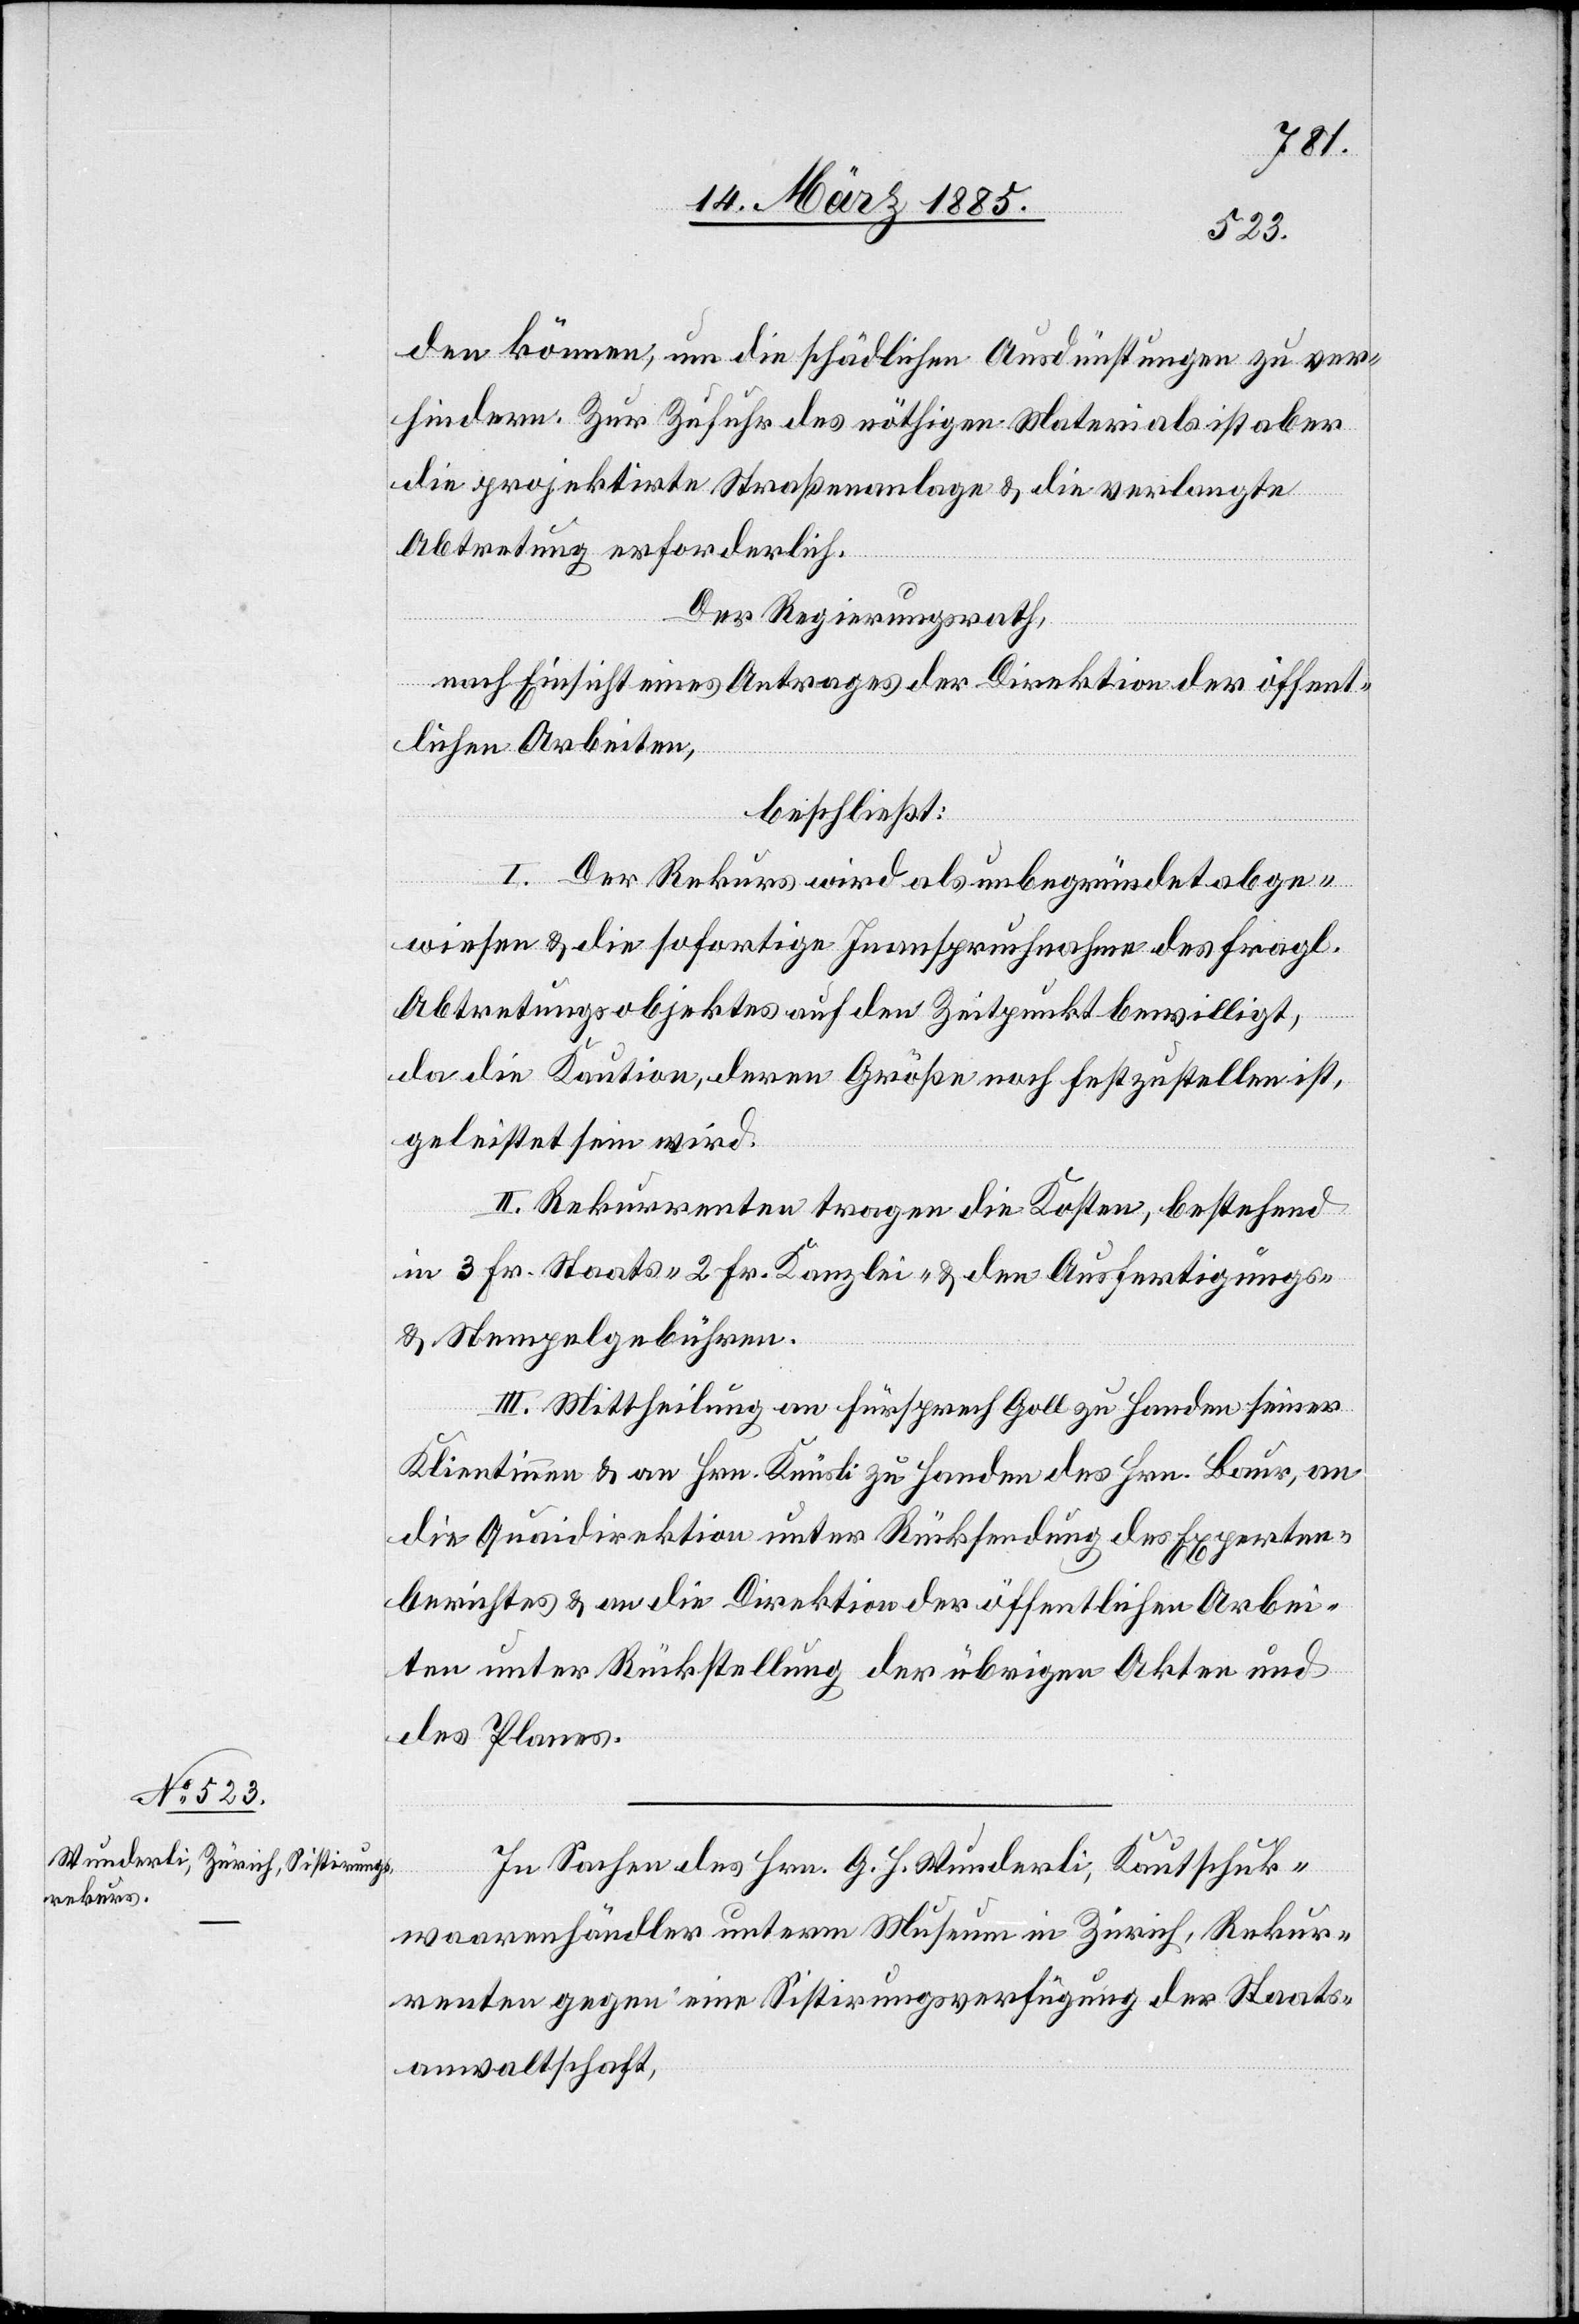
den können, um die schädlichen Ausdünstungen zu ver¬
hindern. Zur Zufuhr des nöthigen Materials ist aber
die projektirte Straßenanlage & die verlangte
Abtretung erforderlich.
Der Regierungsrath,
nach Einsicht eines Antrages der Direktion der öffent¬
lichen Arbeiten,
beschließt:
I. Der Rekurs wird als unbegründet abge¬
wiesen & die sofortige Inanspruchnahme des fragl.
Abtretungsobjektes auf den Zeitpunkt bewilligt,
da die Kaution, deren Größe noch festzustellen ist,
geleistet sein wird.
II. Rekurrenten tragen die Koste, bestehend
in 3 Fr. Staat-[,] 2 Fr. Kanzlei- & den Ausfertigungs-
& Stempelgebühren.
III. Mittheilung an Fürsprech Goll zu Handen seiner
Klientinnen & an Hrn. Knüsli zu Handen des Hrn. Baur, an
die Quaidirektion unter Rücksendung des Experten¬
berichtes & an die Direktion der öffentlichen Arbei¬
ten unter Rückstellung der übrigen Akten und
des Planes.
In Sachen des Hrn. G. H. Wunderli, Kautschuk¬
waarenhändler unterm Museum in Zürich, Rekur¬
renten gegen eine Sistirungsverfügung der Staats¬
anwaltschaft,